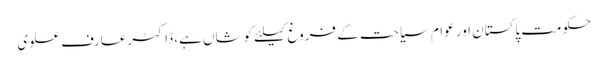
حکومت پاکستان اور عوام سیاحت کے فروغ کیلئے کوشاں ہے، ڈاکٹرعارف علوی